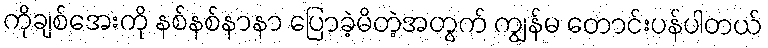
ကိုချစ်အေးကို နစ်နစ်နာနာ ပြောခဲ့မိတဲ့အတွက် ကျွန်မ တောင်းပန်ပါတယ်